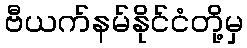
ဗီယက်နမ်နိုင်ငံတို့မှ